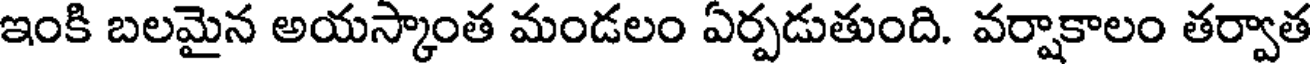
ఇంకి బలమైన అయస్కాంత మండలం ఏర్పడుతుంది. వర్షాకాలం తర్వాత